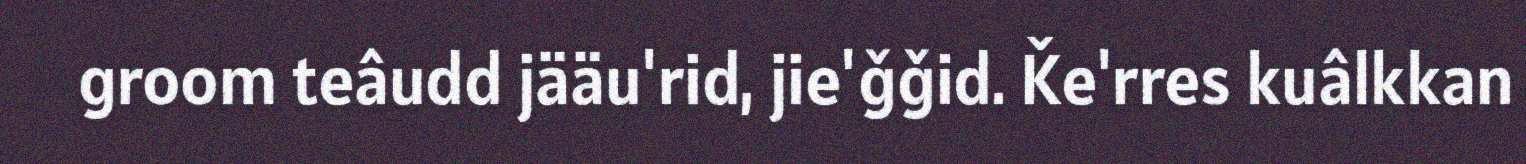
groom teâudd jääu'rid, jie'ǧǧid. Ǩe'rres kuâlkkan